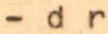
- d r